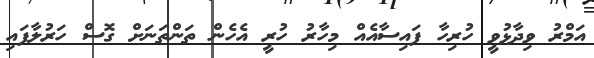
އަމްރު ވިދާޅުވީ ހުރިހާ ފައިސާއެއް މިހާރު ހުރީ އެހެން ތަންތަނަށް ގޮސް ހަރުލާފައި